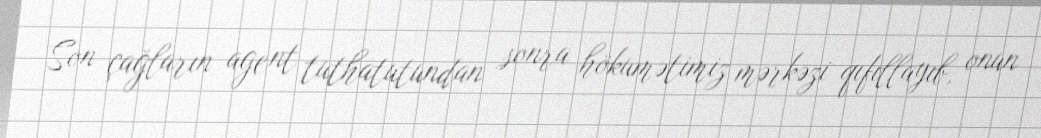
Son çağların agent tuthatutundan sonra hökumətimiz mərkəzi qıfıllayıb, onun